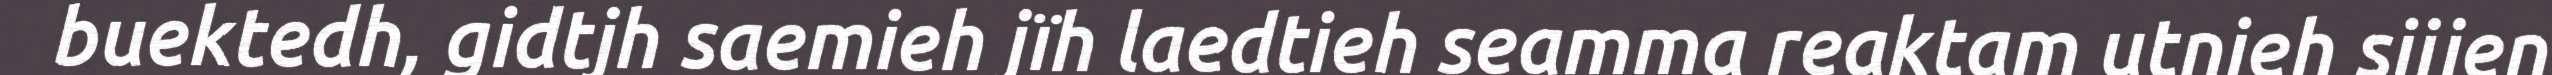
buektedh, gidtjh saemieh jïh laedtieh seamma reaktam utnieh sijjen